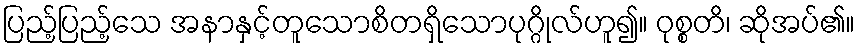
ပြည့်ပြည့်သေ အနာနှင့်တူသောစိတရှိသောပုဂ္ဂိုလ်ဟူ၍။ ဝုစ္စတိ၊ ဆိုအပ်၏။